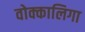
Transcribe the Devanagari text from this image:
वोक्कालिगा